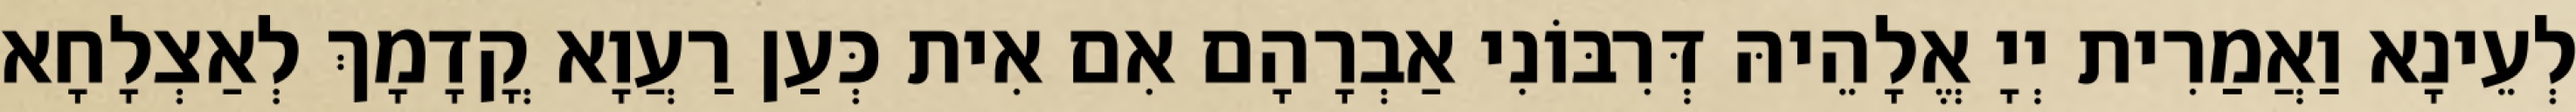
לְעֵינָא וַאֲמַרִית יְיָ אֱלָהֵיהּ דְּרִבּוֹנִי אַבְרָהָם אִם אִית כְּעַן רַעֲוָא קֳדָמָךְ לְאַצְלָחָא